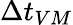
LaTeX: \Delta t_{VM}